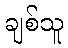
ချစ်သူ